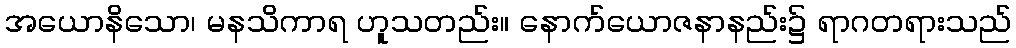
အယောနိသော၊ မနသိကာရ ဟူသတည်း။ နောက်ယောဇနာနည်း၌ ရာဂတရားသည်